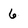
Character: 6